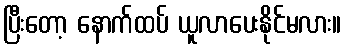
ပြီးတော့ နောက်ထပ် ယူလာပေးနိုင်မလား။